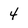
Character: 4